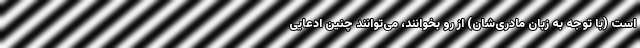
است (با توجه به زبان مادری‌شان) از رو بخوانند، می‌توانند چنین ادعایی